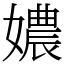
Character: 𡢿